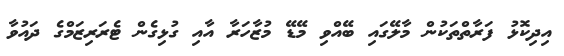
އިދިކޮޅު ފަރާތްތަކުން މާލޭގައި ބޭއްވި މޭޑޭ މުޒާހަރާ އާއި ގުޅިގެން ޓެރަރިޒަމްގެ ދައުވާ